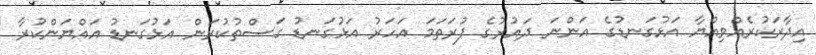
އިދާރަކުރެއްވިއްޔާ އަޅުގަނޑުގެ އަންނަ ދައުރުގެ ފުރަތަމަ އަހަރު އަޅުގަނޑު ގަސްތުކުރަން އަޅުގަނޑު އައްޔަންކުރާ